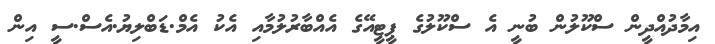
އިމާދުއްދީން ސްކޫލުން ބުނީ އެ ސްކޫލުގެ ޕީޓީއޭގެ އެއްބާރުލުމާއި އެކު އެމް.ޑަބްލިޔު.އެސް.ސީ އިން